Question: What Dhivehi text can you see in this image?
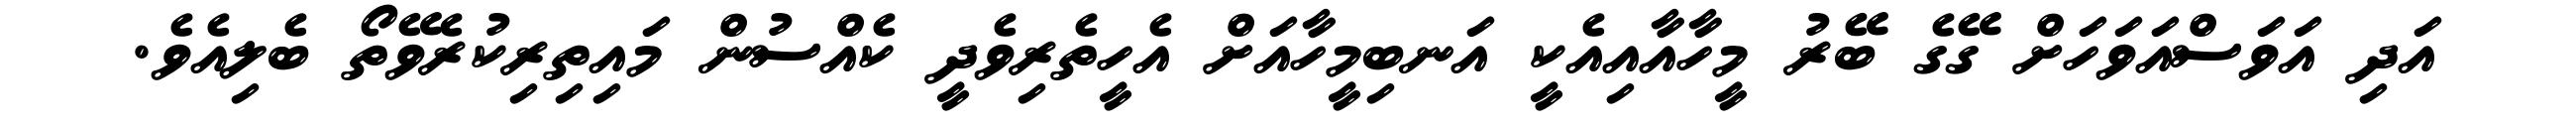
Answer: އަދި އަވަސްއަވަހަށް ގޭގެ ބޭރު މީހާއާއިއެކީ އަނބިމީހާއަށް އެހީތެރިވެދީ ކެއްސުން މައިތިރިކުރެވޭތޯ ބެލިއެވެ.